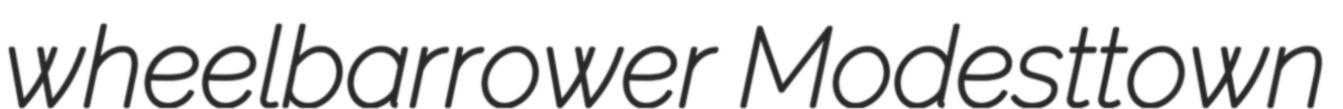
wheelbarrower Modesttown